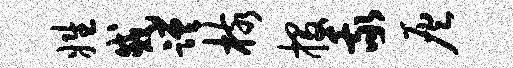
姓戚蹉核投我灰